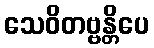
သေဝိတဗ္ဗန္တိပေ